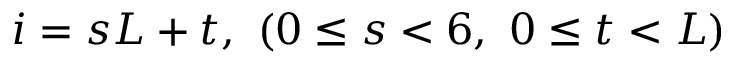
i = s L + t , \ ( 0 \le s < 6 , \ 0 \le t < L )